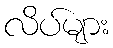
လိပ်များ